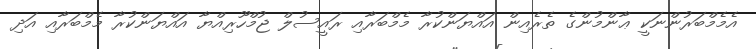
އެމެމްބަރުންނަކީ ޢާންމުންގެ ތެރެއިން އައްޔަންކުރާ މެމްބަރާއި ރައީސުލް ޖުމްހޫރިއްޔާ އައްޔަންކުރާ މެމްބަރާއި އަދި